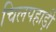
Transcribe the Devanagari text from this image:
चिलपहाड़ी